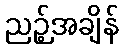
ညဉ့်အချိန်